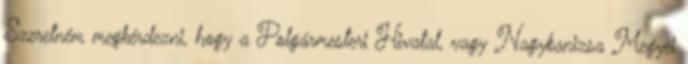
Szeretném megkérdezni, hogy a Polgármesteri Hivatal, vagy Nagykanizsa Megyei